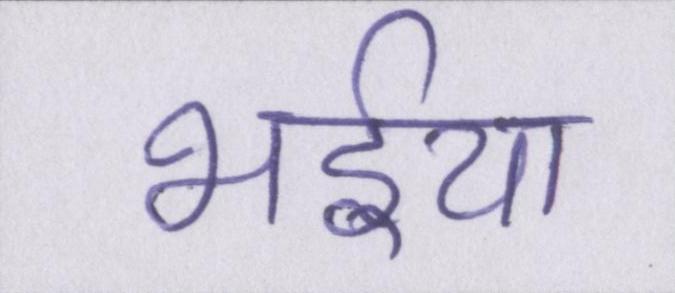
भईया